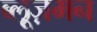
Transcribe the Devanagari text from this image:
ब्लूज़मन